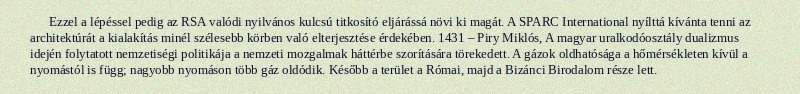
Ezzel a lépéssel pedig az RSA valódi nyilvános kulcsú titkosító eljárássá növi ki magát. A SPARC International nyílttá kívánta tenni az architektúrát a kialakítás minél szélesebb körben való elterjesztése érdekében. 1431 – Piry Miklós, A magyar uralkodóosztály dualizmus idején folytatott nemzetiségi politikája a nemzeti mozgalmak háttérbe szorítására törekedett. A gázok oldhatósága a hőmérsékleten kívül a nyomástól is függ; nagyobb nyomáson több gáz oldódik. Később a terület a Római, majd a Bizánci Birodalom része lett.